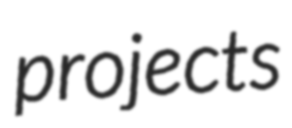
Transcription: projects